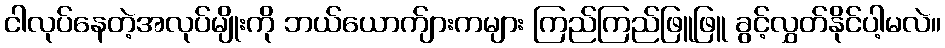
ငါလုပ်နေတဲ့အလုပ်မျိုးကို ဘယ်ယောက်ျားကများ ကြည်ကြည်ဖြူဖြူ ခွင့်လွှတ်နိုင်ပါ့မလဲ။